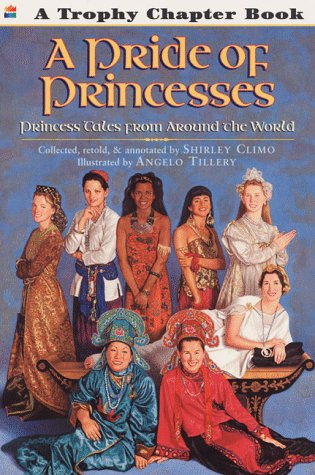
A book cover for A Pride of Princesses: Princess Tales from Around the World (Trophy Chapter Books); Children's Books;